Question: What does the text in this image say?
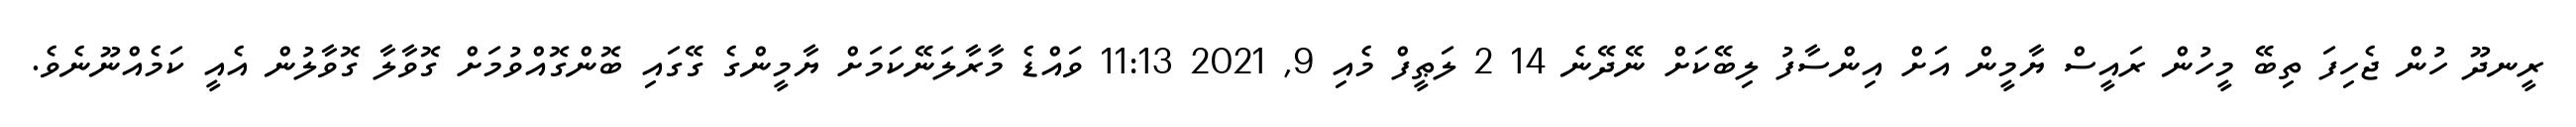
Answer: ރީނދޫ ހުން ޖެހިފަ ތިބޭ މީހުން ރައީސް ޔާމީން އަށް އިންސާފު ލިބޭކަށް ނޭދޭނެ 14 2 ލަޠީފް މެއި 9, 2021 11:13 ވައްޑެ މާރާލަނޭކަމަށް ޔާމީންގެ ގޭގައި ބޮންގޮއްވުމަށް ގޮވާލާ ގޮވާލުން އެއީ ކަމެއްނޫނެވެ.